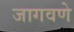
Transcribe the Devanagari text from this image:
जागवणे